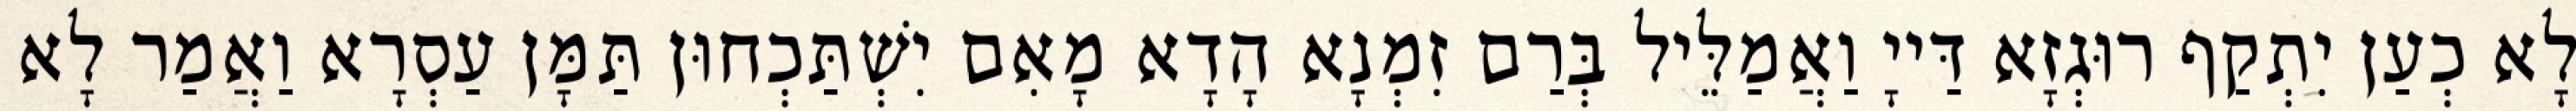
לָא כְעַן יִתְקַף רוּגְזָא דַּייָ וַאֲמַלֵּיל בְּרַם זִמְנָא הָדָא מָאִם יִשְׁתַּכְחוּן תַּמָּן עַסְרָא וַאֲמַר לָא